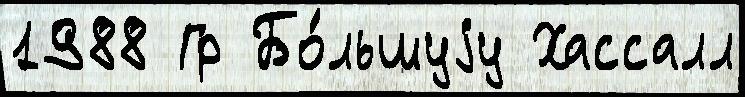
1988 Гр Бо́льшуjу Хассалл